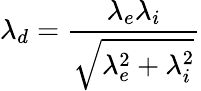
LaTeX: \lambda_{d}=\frac{\lambda_{e}\lambda_{i}}{\sqrt{\lambda_{e}^{2}+\lambda_{i}^{2}}}